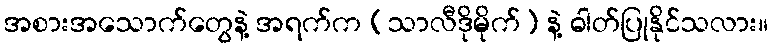
အစားအသောက်တွေနဲ့ အရက်က (သာလီဒိုမိုက်) နဲ့ ဓါတ်ပြုနိုင်သလား။